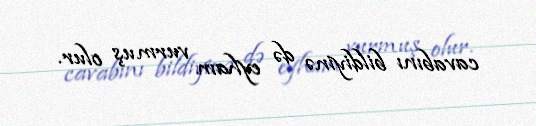
cavabını bildiyinə də eyham vurmuş olur.